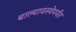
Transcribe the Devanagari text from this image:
बाल्यावस्थेपर्यंत